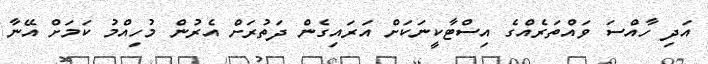
އަދި ހާއްސަ ވައްތަރެއްގެ އިސްޓާކީނަކަށް އަރައިގެން ދަތުރަށް އެރުން މުހިއްމު ކަމަށް އޭނާ